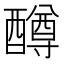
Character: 𫑼